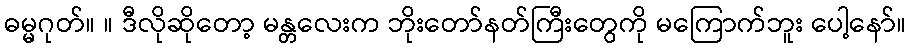
ဓမ္မဂုတ်။ ။ ဒီလိုဆိုတော့ မန္တလေးက ဘိုးတော်နတ်ကြီးတွေကို မကြောက်ဘူး ပေါ့နော်။